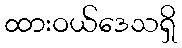
ထားဝယ်ဒေသရှိ